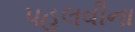
પહલવીના